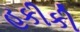
હકીકી